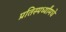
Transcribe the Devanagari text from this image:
प्रतिस्पर्ध्यांमधे